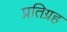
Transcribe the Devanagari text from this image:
प्रतिग्रह